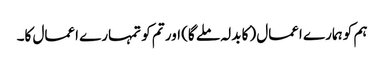
ہم کو ہمارے اعمال (کا بدلہ ملے گا) اور تم کو تمہارے اعمال کا۔